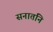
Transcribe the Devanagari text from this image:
सनातनि